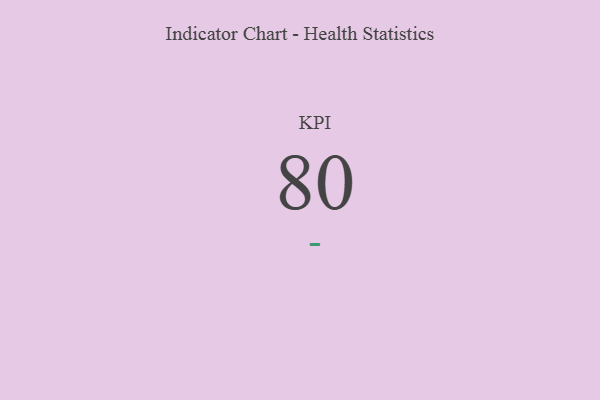
{"axis": {"x": "KPI", "y": "Value"}, "legend": [""], "data": [{"x": "KPI", "y": 80, "type": ""}]}